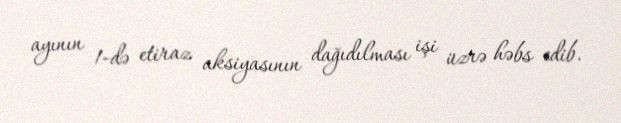
ayının 1-də etiraz aksiyasının dağıdılması işi üzrə həbs edib.